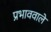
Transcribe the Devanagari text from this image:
प्रभाववाले